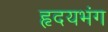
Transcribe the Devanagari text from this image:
हृदयभंग